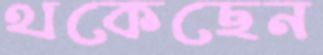
থকেছেন